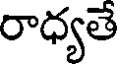
రాధ్యతే